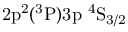
\mathrm { 2 p ^ { 2 } ( ^ { 3 } P ) 3 p ~ ^ { 4 } S _ { 3 / 2 } }